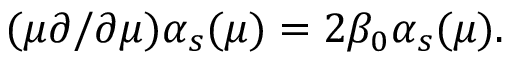
( \mu \partial / \partial \mu ) \alpha _ { s } ( \mu ) = 2 \beta _ { 0 } \alpha _ { s } ( \mu ) .